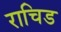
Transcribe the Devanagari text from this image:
राचिड